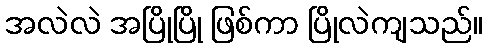
အလဲလဲ အပြိုပြို ဖြစ်ကာ ပြိုလဲကျသည်။